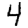
Digit: 4